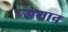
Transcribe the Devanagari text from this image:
प्र्‍अशान